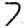
Digit: 7